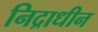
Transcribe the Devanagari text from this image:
निद्राधीन